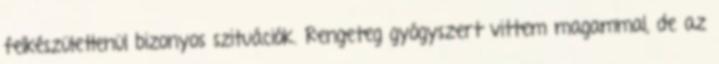
felkészületlenül bizonyos szituációk. Rengeteg gyógyszert vittem magammal, de az